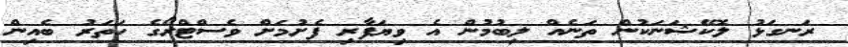
ރަނގަޅު ލޮކޭޝަނަކުން ތަނެއް ލިބުމުން އެ ވިޔަފާރި ފެށުމަށް ވެސްޓްރޯގެ ހަތަރު ބެއިން